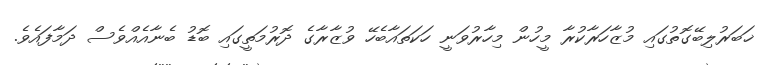
ޚަބަރުލިބޭގޮތުގައި މުޒާހަރާކުރާ މީހުން މިހާރުވަނީ ހަކަތައާބެހޭ ވުޒާރާގެ ދޮރުމަތީގައި ބޮޑު ބެނާއެއްވެސް ދަމާފައެވެ.